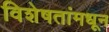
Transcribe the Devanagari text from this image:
विशेषतांमधून